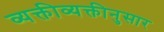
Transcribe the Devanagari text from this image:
व्यक्तीव्यक्तीनुसार